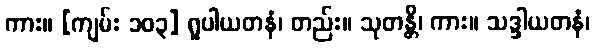
ကား။ [ကျမ်း ၁၀၃] ရူပါယတနံ၊ တည်း။ သုတန္တိ၊ ကား။ သဒ္ဒါယတနံ၊